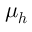
\boldsymbol { \mu _ { h } }